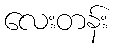
လေးတန်း